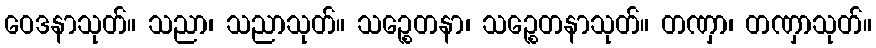
ဝေဒနာသုတ်။ သညာ၊ သညာသုတ်။ သဉ္စေတနာ၊ သဉ္စေတနာသုတ်။ တဏှာ၊ တဏှာသုတ်။